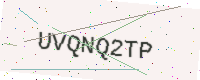
Text: UVQNQ2TP